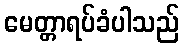
မေတ္တာရပ်ခံပါသည်